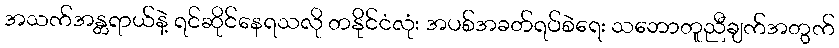
အသက်အန္တရာယ်နဲ့ ရင်ဆိုင်နေရသလို တနိုင်ငံလုံး အပစ်အခတ်ရပ်စဲရေး သဘောတူညီချက်အတွက်